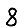
Digit: 8